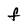
Character: F